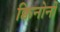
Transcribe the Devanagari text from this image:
क्विनोनों